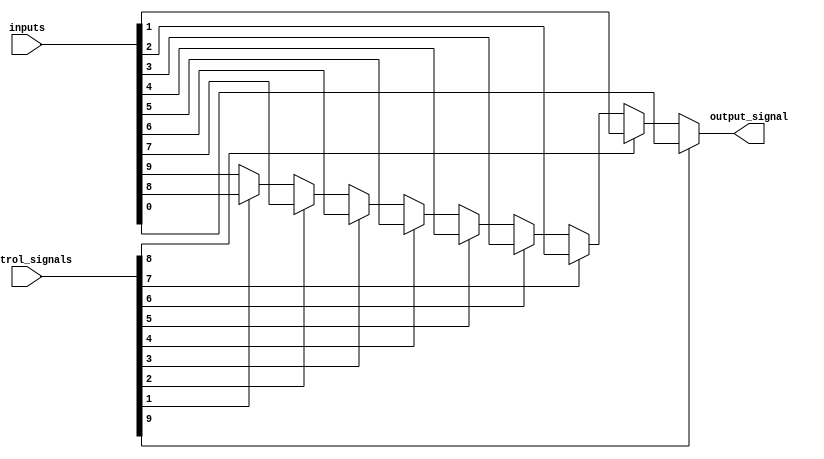
module multiplexer_1024to1 (
    input [1023:0] inputs,
    input [9:0] control_signals,
    output output_signal
);

wire [1023:0] selected_input;

assign selected_input = (control_signals[9]) ? inputs[0] : 
                        (control_signals[8]) ? inputs[1] :
                        (control_signals[7]) ? inputs[2] :
                        (control_signals[6]) ? inputs[3] :
                        (control_signals[5]) ? inputs[4] :
                        (control_signals[4]) ? inputs[5] :
                        (control_signals[3]) ? inputs[6] :
                        (control_signals[2]) ? inputs[7] :
                        (control_signals[1]) ? inputs[8] :
                        inputs[9];
 
assign output_signal = selected_input;

endmodule